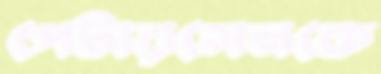
পেটারসেনকে